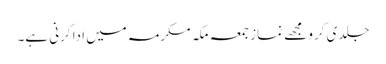
جلدی کرو مجھے نماز جمعہ مکہ مکرمہ میں ادا کرنی ہے۔